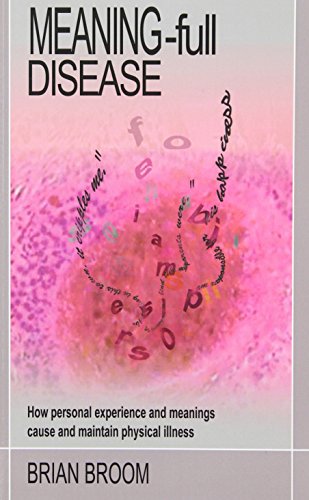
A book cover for Meaning-Full Disease: How Personal Experience and Meanings Cause and Maintain Physical Illness; Brian Broom; Health, Fitness & Dieting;